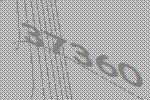
37360